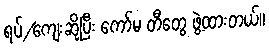
ရပ်/ကျေးဆိုပြီး ကော်မ တီတွေ ဖွဲ့ထားတယ်။